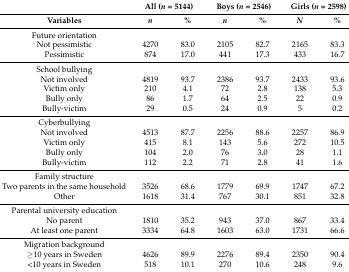
|  | <COLSPAN=2> All (n = 5144) | <COLSPAN=2> Boys (n = 2546) | <COLSPAN=2> Girls (n = 2598) |
 | Variables | n | % | n | % | N | % |
 | --- | --- | --- | --- | --- | --- | --- |
 | Future orientation |  |  |  |  |  |  |
 | Not pessimistic | 4270 | 83.0 | 2105 | 82.7 | 2165 | 83.3 |
 | Pessimistic | 874 | 17.0 | 441 | 17.3 | 433 | 16.7 |
 | School bullying |  |  |  |  |  |  |
 | Not involved | 4819 | 93.7 | 2386 | 93.7 | 2433 | 93.6 |
 | Victim only | 210 | 4.1 | 72 | 2.8 | 138 | 5.3 |
 | Bully only | 86 | 1.7 | 64 | 2.5 | 22 | 0.9 |
 | Bully-victim | 29 | 0.5 | 24 | 0.9 | 5 | 0.2 |
 | Cyberbullying |  |  |  |  |  |  |
 | Not involved | 4513 | 87.7 | 2256 | 88.6 | 2257 | 86.9 |
 | Victim only | 415 | 8.1 | 143 | 5.6 | 272 | 10.5 |
 | Bully only | 104 | 2.0 | 76 | 3.0 | 28 | 1.1 |
 | Bully-victim | 112 | 2.2 | 71 | 2.8 | 41 | 1.6 |
 | Family structure |  |  |  |  |  |  |
 | Two parents in the same household | 3526 | 68.6 | 1779 | 69.9 | 1747 | 67.2 |
 | Other | 1618 | 31.4 | 767 | 30.1 | 851 | 32.8 |
 | Parental university education |  |  |  |  |  |  |
 | No parent | 1810 | 35.2 | 943 | 37.0 | 867 | 33.4 |
 | At least one parent | 3334 | 64.8 | 1603 | 63.0 | 1731 | 66.6 |
 | Migration background |  |  |  |  |  |  |
 | ≥10 years in Sweden | 4626 | 89.9 | 2276 | 89.4 | 2350 | 90.4 |
 | <10 years in Sweden | 518 | 10.1 | 270 | 10.6 | 248 | 9.6 |